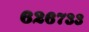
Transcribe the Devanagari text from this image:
६२६७३३